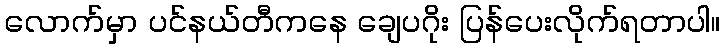
လောက်မှာ ပင်နယ်တီကနေ ချေပဂိုး ပြန်ပေးလိုက်ရတာပါ။